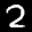
Label: 2